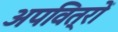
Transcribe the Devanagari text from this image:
अपवित्रों